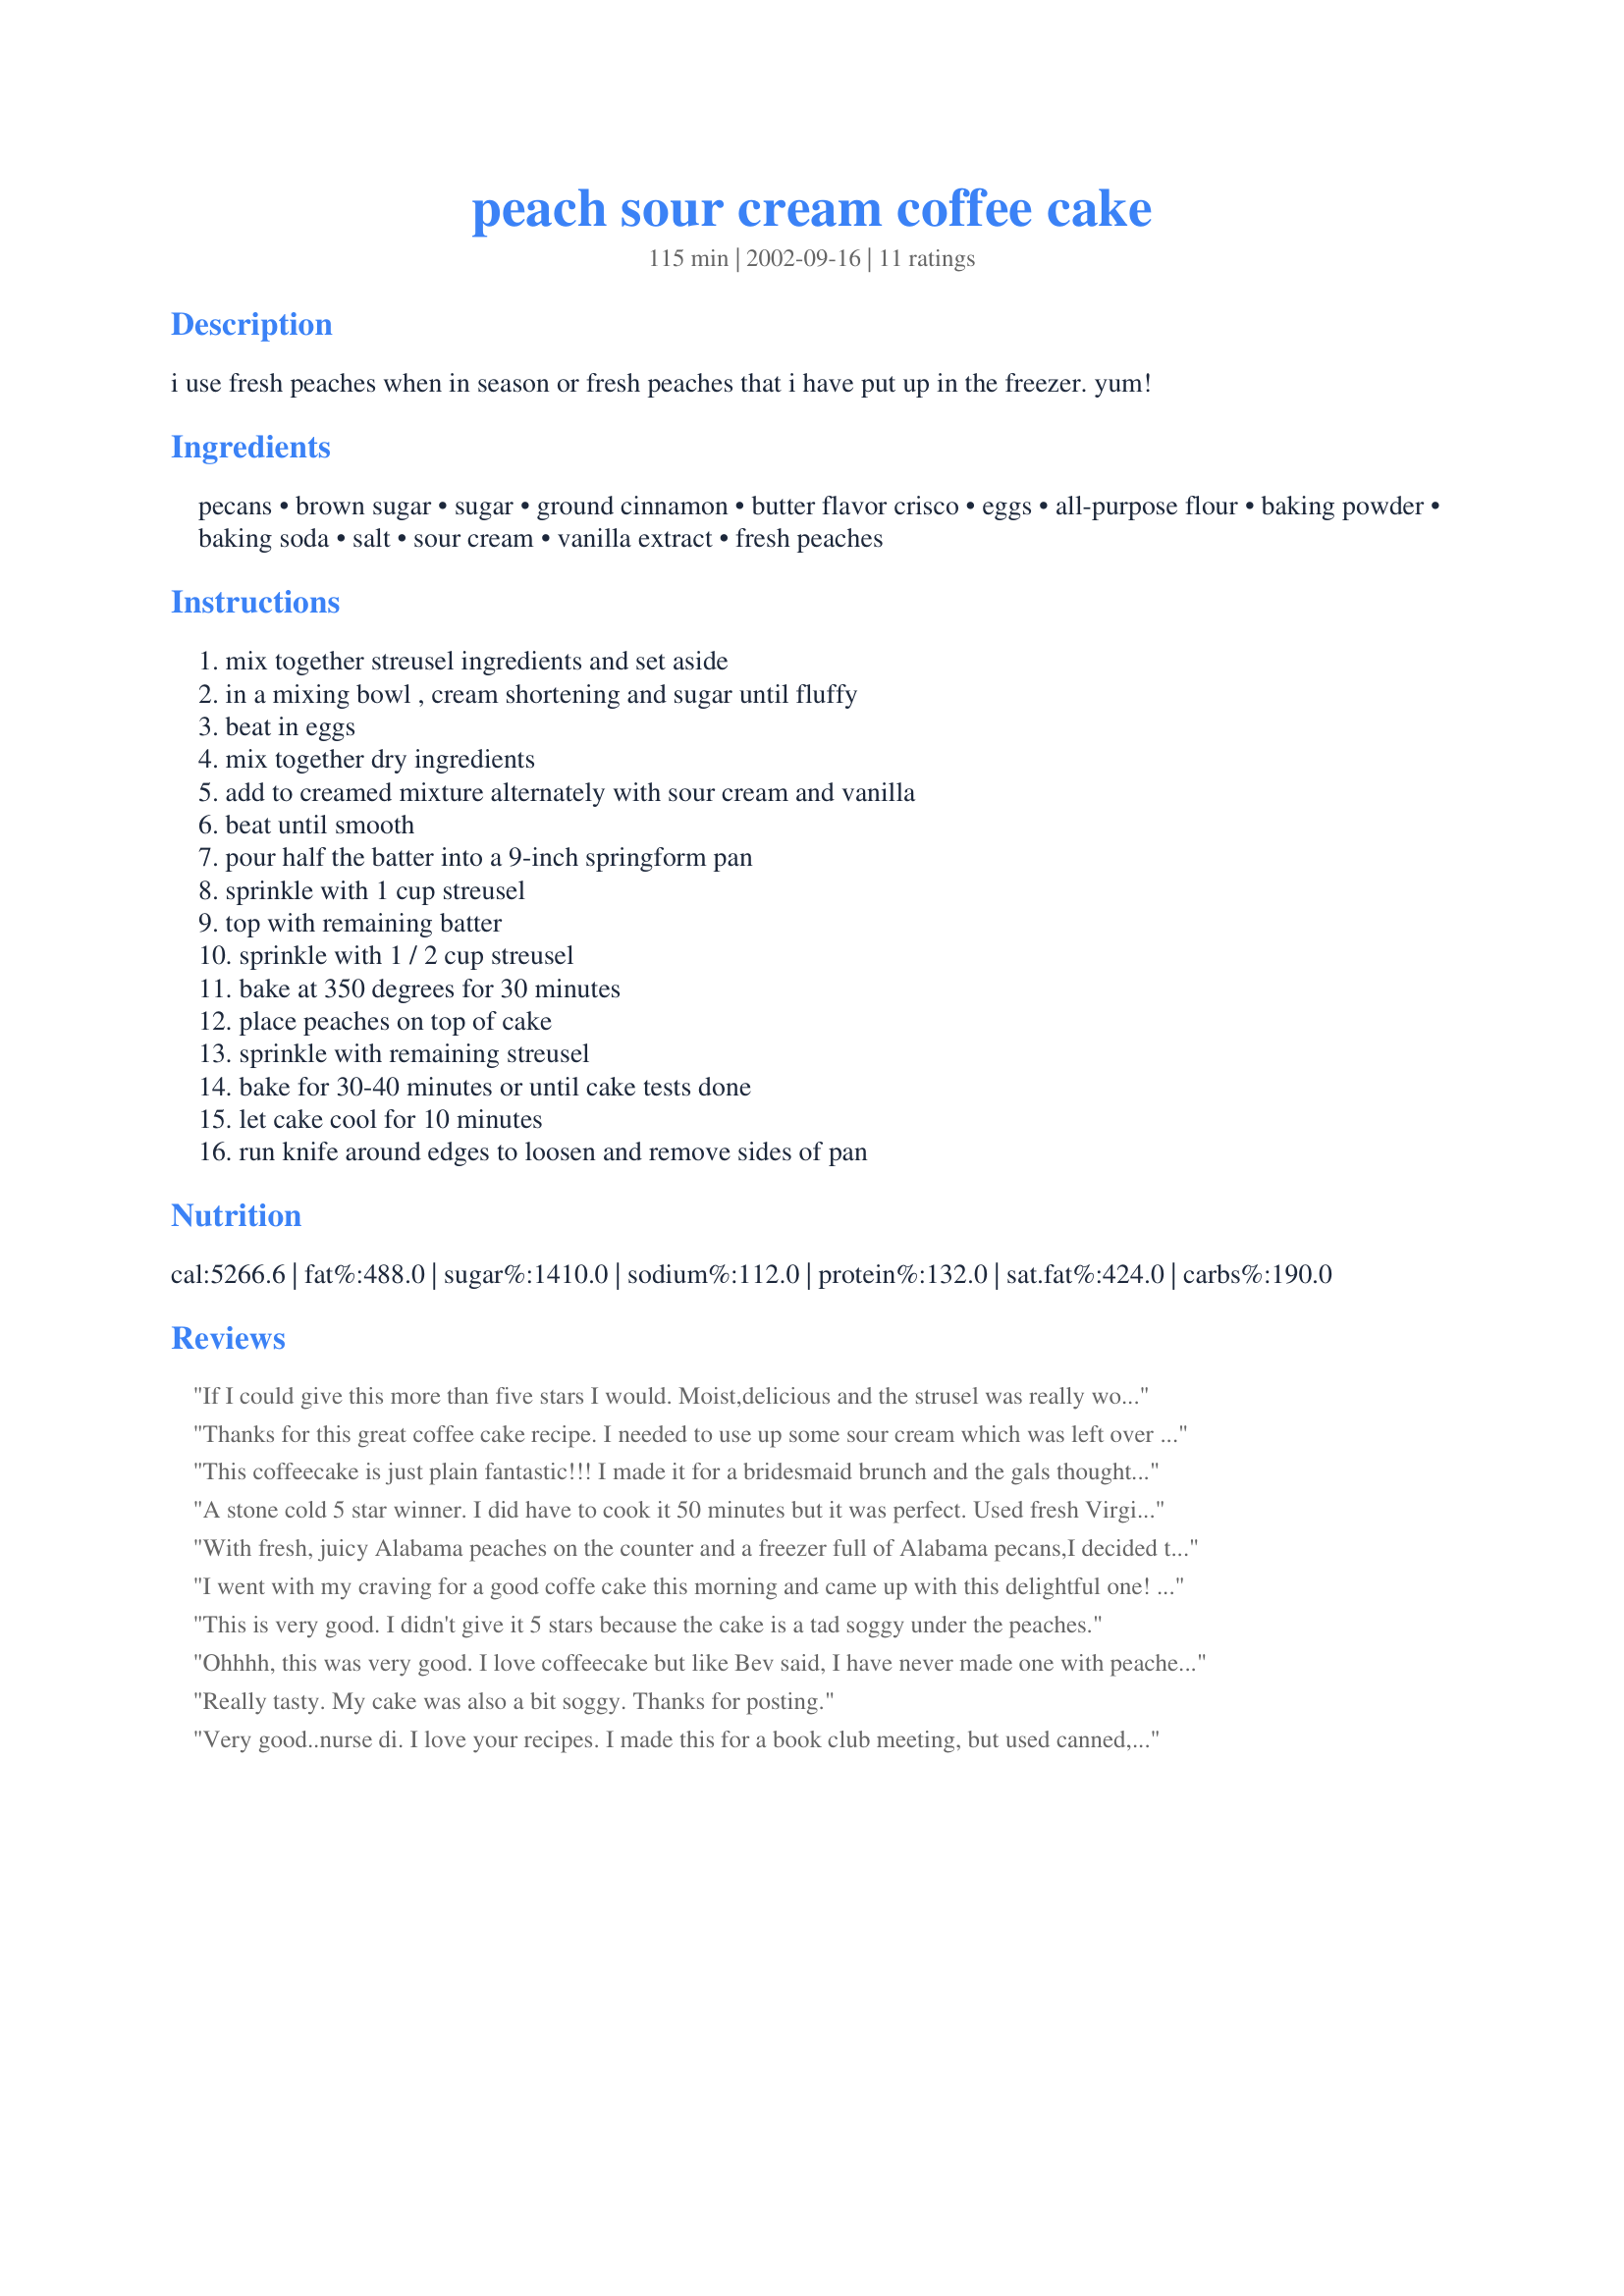
peach sour cream coffee cake
Preparation time: 115 minutes

i use fresh peaches when in season or fresh peaches that i have put up in the freezer. yum!

Ingredients:
pecans, brown sugar, sugar, ground cinnamon, butter flavor crisco, eggs, all-purpose flour, baking powder, baking soda, salt, sour cream, vanilla extract, fresh peaches

Steps:
mix together streusel ingredients and set aside, in a mixing bowl , cream shortening and sugar until fluffy, beat in eggs, mix together dry ingredients, add to creamed mixture alternately with sour cream and vanilla, beat until smooth, pour half the batter into a 9-inch springform pan, sprinkle with 1 cup streusel, top with remaining batter, sprinkle with 1 / 2 cup streusel, bake at 350 degrees for 30 minutes, place peaches on top of cake, sprinkle with remaining streusel, bake for 30-40 minutes or until cake tests done, let cake cool for 10 minutes, run knife around edges to loosen and remove sides of pan

Reviews:
 If I could give this more than five stars I would. Moist,delicious and the strusel was really wonderful. Top notch recipe.
Thanks for this great coffee cake recipe. I needed to use up some sour cream which was left over from the holiday's, due to it expiring soon and I chose this recipe. Not too sweet. Not too dry. Although I typically always follow a recipe to the tee the first time I ever make it, I had no choice but to alter this one slightly, due to not having all the ingredients required. I didn't have butter flavored Crisco, so I used plain. In additon to this, I added 2 tablespoons of butter, so I could create the butter flavor that the Crisco would have given it. I also don't have a 9" springform pan, only a 10" which worked perfect! I love this cake. Other fruit options I think would try are: cherries, pineapples or even pears! Thanks again!!
This coffeecake is just plain fantastic!!! I made it for a bridesmaid brunch and the gals thought it was scrummy-yummy. Has a very moist texture and wonderful tasting streusel filling. The fresh peaches looked nice. This one is worth more than 5 stars to me. Thanks Nurse Di.
A stone cold 5 star winner. I did have to cook it 50 minutes but it was perfect. Used fresh Virginia peaches that were nice and sweet. I used splenda brown sugar and no problem. Thanks for a fantastic recipe. Will do again and again.
With fresh, juicy Alabama peaches on the counter and a freezer full of Alabama pecans,I decided to try this coffeecake. I made it according to directions. The batter is very thick and a little difficult to spread in the pan. But the result is a pretty dessert that shouldn't just be served at breakfast. I'd proudly spotlight it at any festive occasion. My 9" springform pan made a cake that would serve 10-12.
I went with my craving for a good coffe cake this morning and came up with this delightful one! I had never tried a peach coffee cake before, but so glad I did. This is an excellent recipe and I am enjoying it so much. I wouldn't change a thing! Thanks, NurseDi!
This is very good. I didn't give it 5 stars because the cake is a tad soggy under the peaches.
Ohhhh, this was very good. I love coffeecake but like Bev said, I have never made one with peaches. Delicious!! I thawed out some fresh frozen peaches that we picked last summer. That worked just fine. The cake had a yummy buttery flavor and the peach crumb topping was the crowning glory.
Really tasty. My cake was also a bit soggy. Thanks for posting.
Very good..nurse di. I love your recipes. I made this for a book club meeting, but used canned, sliced peaches. The batter is a little thick, but it came out very nice. Will try this recipe with apples next time!! Thank You.
WOW!!! This coffee cake is the best. The peach streusel topping really makes it out of the ordinary and very delicious. We ate it while still warm and thought we were in heaven. Thanks for sharing this.
